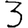
Digit: 3